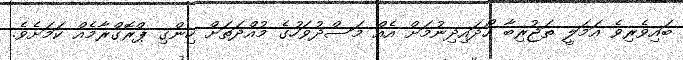
ބައިވެރިވެ އަމަލީ ތަޖުރިބާ ހޯދައިދިނުމަށް އެއް މަސްދުވަހުގެ މުއްދަތަށް ހިންގި ޕްރޮގްރާމެއް ކަމަށެވެ.